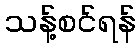
သန့်စင်ရန်